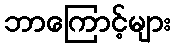
ဘာကြောင့်များ